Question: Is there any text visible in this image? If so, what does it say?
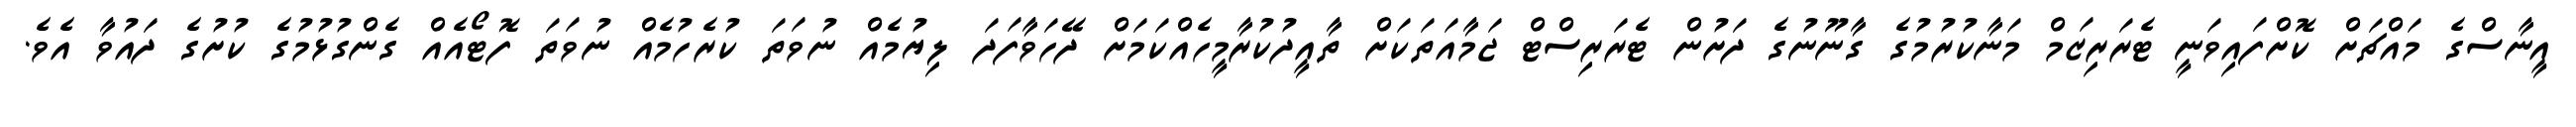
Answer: އީނާސްގެ މައްޗަށް ކޮށްފައިވަނީ ޓެރަރިޒަމް މަނާކުރުމުގެ ގާނޫނުގެ ދަށުން ޓެރަރިސްޓް ޖަމާއަތަކަށް ތާއީދުކުރާމީހެއްކަމަށް ދޭހަވާފަދަ ލިޔުމެއް ނުވަތަ ކުރެހުމެއް ނުވަތަ ފޮޓޯއެއް ގެންގުޅުމުގެ ކުށުގެ ދައުވާ އެވެ.